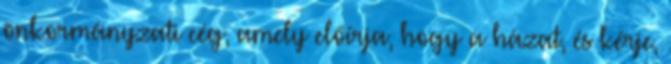
önkormányzati cég, amely előírja, hogy a házat, és kérje,